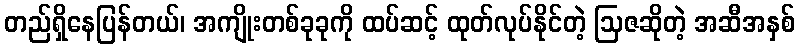
တည်ရှိနေပြန်တယ်၊ အကျိုးတစ်ခုခုကို ထပ်ဆင့် ထုတ်လုပ်နိုင်တဲ့ ဩဇဆိုတဲ့ အဆီအနှစ်